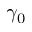
\gamma _ { 0 }